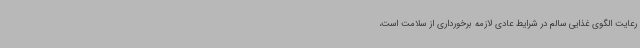
رعایت الگوی غذایی سالم در شرایط عادی لازمه برخورداری از سلامت است،